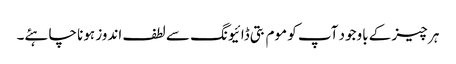
ہر چیز کے باوجود آپ کو موم بتی ڈائیونگ سے لطف اندوز ہونا چاہئے۔